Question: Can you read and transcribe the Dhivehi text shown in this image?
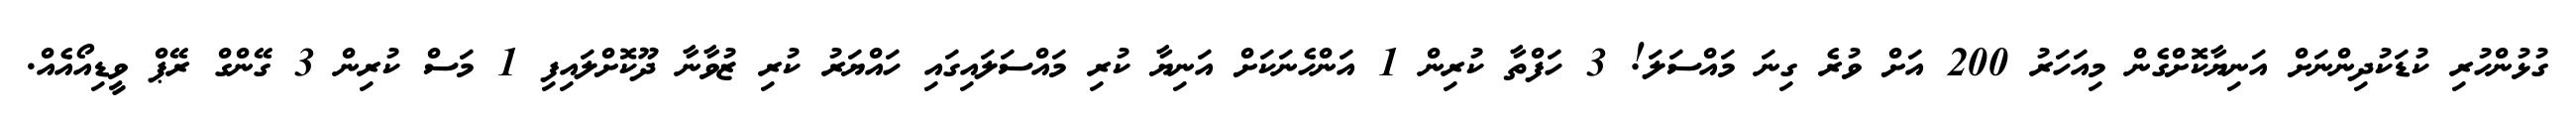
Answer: ގުޅުންހުރި ކުޑަކުދިންނަށް އަނިޔާކޮށްގެން މިއަހަރު 200 އަށް ވުރެ ގިނަ މައްސަލަ! 3 ހަފްތާ ކުރިން 1 އަންހެނަކަށް އަނިޔާ ކުރި މައްސަލައިގައި ހައްޔަރު ކުރި ޒުވާނާ ދޫކޮށްލައިފި 1 މަސް ކުރިން 3 ގޭންގް ރޭޕް ވީޑިއޯއެއް.